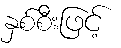
နှစ်စီးဖြင့်